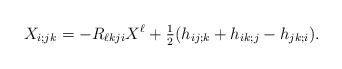
\begin{align*}X_{i;jk}=- R_{\ell kj i} X^\ell + \tfrac{1}{2} (h_{ij;k} + h_{ik;j} - h_{jk;i}).\end{align*}